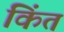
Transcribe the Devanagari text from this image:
किंत